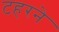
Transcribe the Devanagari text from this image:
टहरने